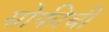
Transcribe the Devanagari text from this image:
सोफीची